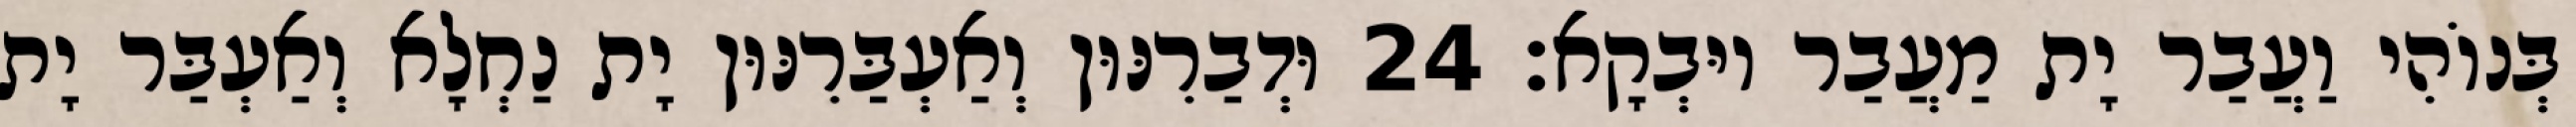
בְּנוֹהִי וַעֲבַר יָת מַעֲבַר יוּבְקָא׃ 24 וּדְבַרִנּוּן וְאַעְבַּרִנּוּן יָת נַחְלָא וְאַעְבַּר יָת